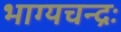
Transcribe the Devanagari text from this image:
भाग्यचन्द्रः